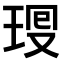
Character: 𤥜